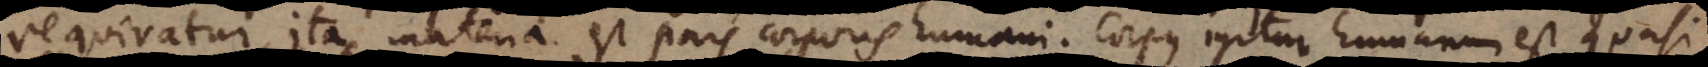
requiratur, ita materia est pars corporis humani. Corpus igitur humanum est quasi